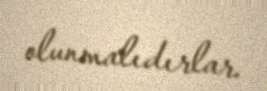
olunmalıdırlar.